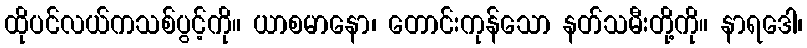
ထိုပင်လယ်ကသစ်ပွင့်ကို။ ယာစမာနော၊ တောင်းကုန်သော နတ်သမီးတို့ကို။ နာရဒေါ၊